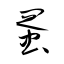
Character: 蛋